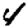
Digit: 4